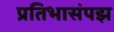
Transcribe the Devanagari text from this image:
प्रतिभासंपझ